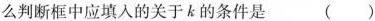
么判断框中应填入的关于k的条件是 ()